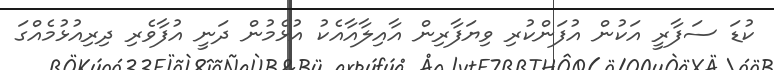
ކުޑަ ސަފާރީ އަކުން އުފަންކުރި ވިޔަފާރިން އާއިލާއާއެކު އުޅެމުން ދަނީ އުފާވެރި ދިރިއުޅުމެއްގަ